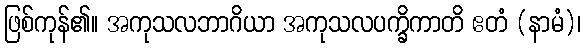
ဖြစ်ကုန်၏။ အကုသလဘာဂိယာ အကုသလပက္ခိကာတိ ဧတံ (နာမံ)၊